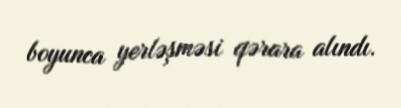
boyunca yerləşməsi qərara alındı.